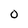
Character: 0